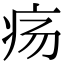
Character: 疡